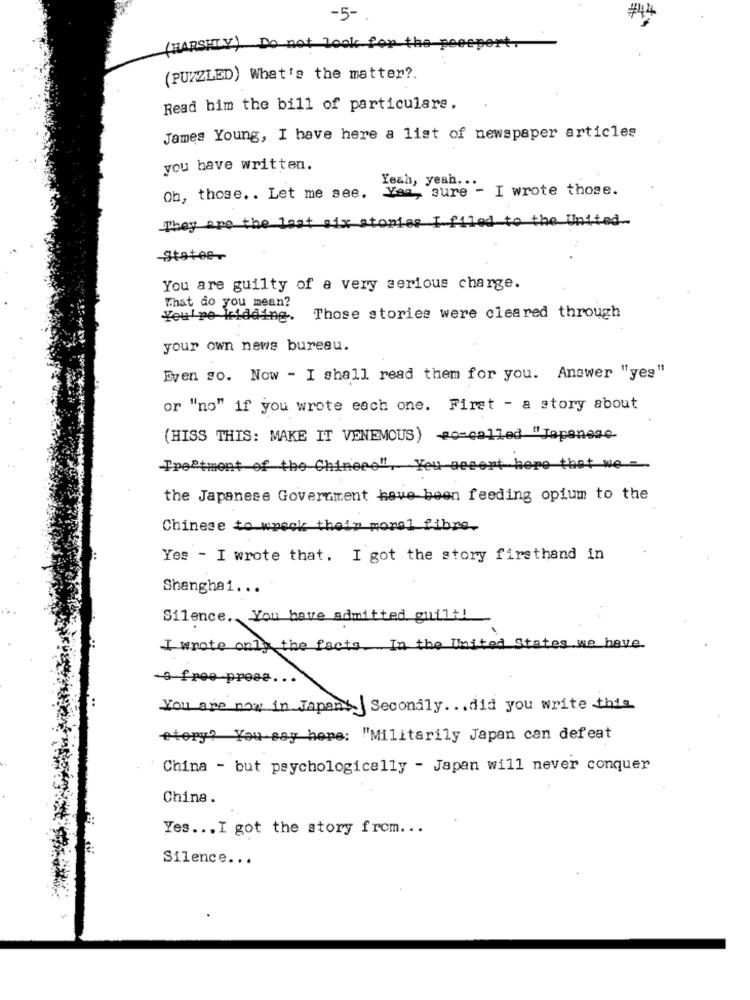
-5- .
( HARSHLY) Do not look for
the peeepert.
(PUZZLED) What's the matter ?.
Read him the bill of particulars,
James Young, I have here a list of newspaper articles
you have written.
Yeah, yeah ..
Oh, those. . Let me see. Yea, sure - I wrote those.
They are the lost
to the United
Stato8
You are guilty of a very serious charge.
That do you mean?
You're kidding. Those stories were cleared through
your own news bureau.
Even so. Now - I shall read them for you. Answer "yes"
or "no" if you wrote each one. First - a story about
(HISS THIS: MAKE IT VENEMOUS) so-called "Japanese
Treatment of the Chinese". You accent here that we-
the Japanese Government have been feeding opium to the
Chinese to wreck their moral fibre.
Yes - I wrote that. I got the story firsthand in
Shanghai ...
Silence. You have admitted guilt!
I wrote only the facts. In the United States we have
-9 free press ..
You are now in Japan Secondly. .. did you write this
story? You say here: "Militarily Japan can defeat
China - but psychologically - Japan will never conquer
China.
Yes ... I got the story from ...
Silence ...